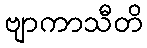
ဗျာကာသီတိ